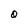
Character: O